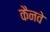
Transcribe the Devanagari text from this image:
कैनवे